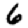
Digit: 6